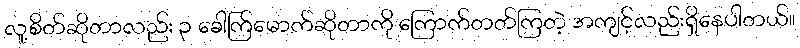
လူ့စိတ်ဆိုတာလည်း ၃ ခေါက်ြမောက်ဆိုတာကို ကြောက်တတ်ကြတဲ့ အကျင့်လည်းရှိနေပါတယ်။